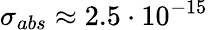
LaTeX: \sigma_{abs}\approx 2.5\cdot 10^{-15}